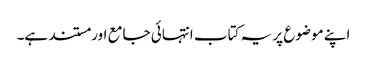
اپنے موضوع پر یہ کتاب انتہائی جامع اور مستند ہے۔